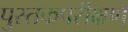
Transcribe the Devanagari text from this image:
पुस्तकपरीक्षणे